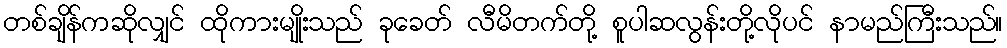
တစ်ချိန်ကဆိုလျှင် ထိုကားမျိုးသည် ခုခေတ် လီမိတက်တို့ စူပါဆလွန်းတို့လိုပင် နာမည်ကြီးသည်။